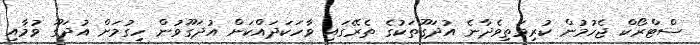
ސްޓްރޯކް ޖެހުމުން ކުރިމަތިވެދާނެ އުދަގޫތަކުގެ ތެރޭގައި ވާހަކަދައްކަން އުދަގޫވުން ހިގުމަށް އުދަގޫ ވުމާއި